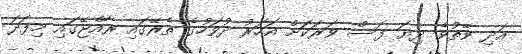
އަދި ވޭތުވެ ދިޔަ ފަސް ވަރަކަށް އަހަރު ދުވަހުގެ ތެރޭގައި ރާއްޖޭގައި މިފަދަ